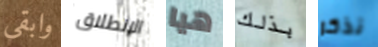
وابقى الإنطلاق هيا بذلك نذكر